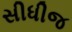
સીધીજ